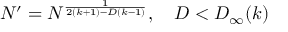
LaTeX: N ^ { \prime } = N ^ { \frac { 1 } { 2 ( k + 1 ) - D ( k - 1 ) } } , \quad D < D _ { \infty } ( k )